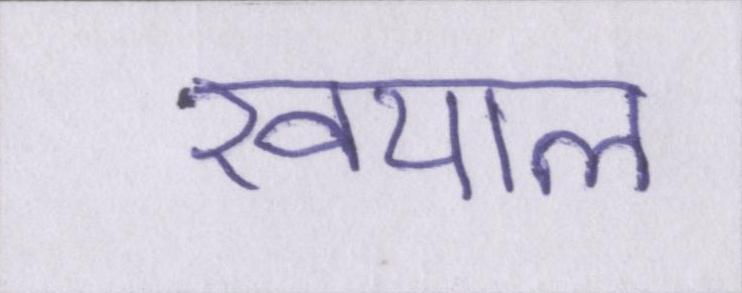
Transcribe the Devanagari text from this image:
खयाल